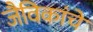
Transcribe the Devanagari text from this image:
जैविकांचे